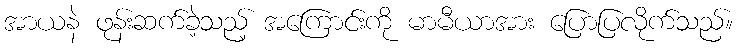
အာယနဲ ဖုန်းဆက်ခဲ့သည့် အကြောင်းကို မာမီယာအား ပြောပြလိုက်သည်။